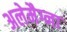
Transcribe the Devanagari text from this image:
अलेमैग्ना